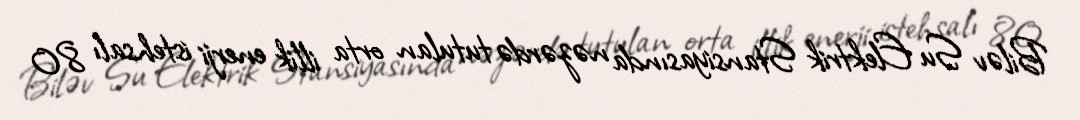
Biləv Su Elektrik Stansiyasında nəzərdə tutulan orta illik enerji istehsalı 80